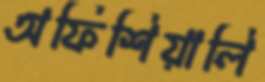
অফিশিয়ালি